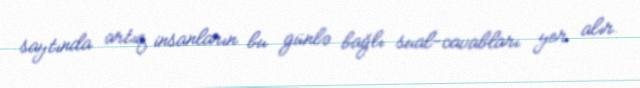
saytında artıq insanların bu günlə bağlı sual-cavabları yer alır.